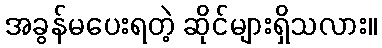
အခွန်မပေးရတဲ့ ဆိုင်များရှိသလား။